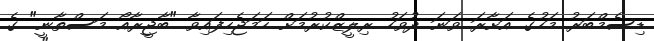
ޑިސެމްބަރު މަހުގެ އަށާރަ ވަނަ ދުވަހު ރިލީޒްކުރުމަށް ހަމަޖެހިފައިވާ "ބާޖީރާއޯ މަސްތާނީ" ގެ